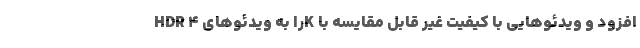
HDR را به ویدئوهای 4K افزود و ویدئوهایی با کیفیت غیر قابل مقایسه با